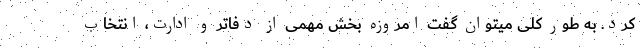
کرد. به طور کلی میتوان گفت امروزه بخش مهمی از دفاتر و ادارت، انتخاب